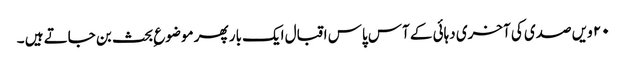
۲۰ ویں صدی کی آخری دہائی کے آس پاس اقبال ایک بار پھر موضوع ِبحث بن جاتے ہیں ۔